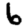
Digit: 6